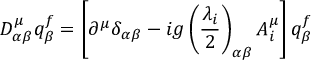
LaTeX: D _ { \alpha \beta } ^ { \mu } q _ { \beta } ^ { f } = \left[ \partial ^ { \mu } \delta _ { \alpha \beta } - i g \left( \frac { \lambda _ { i } } { 2 } \right) _ { \alpha \beta } A _ { i } ^ { \mu } \right] q _ { \beta } ^ { f }